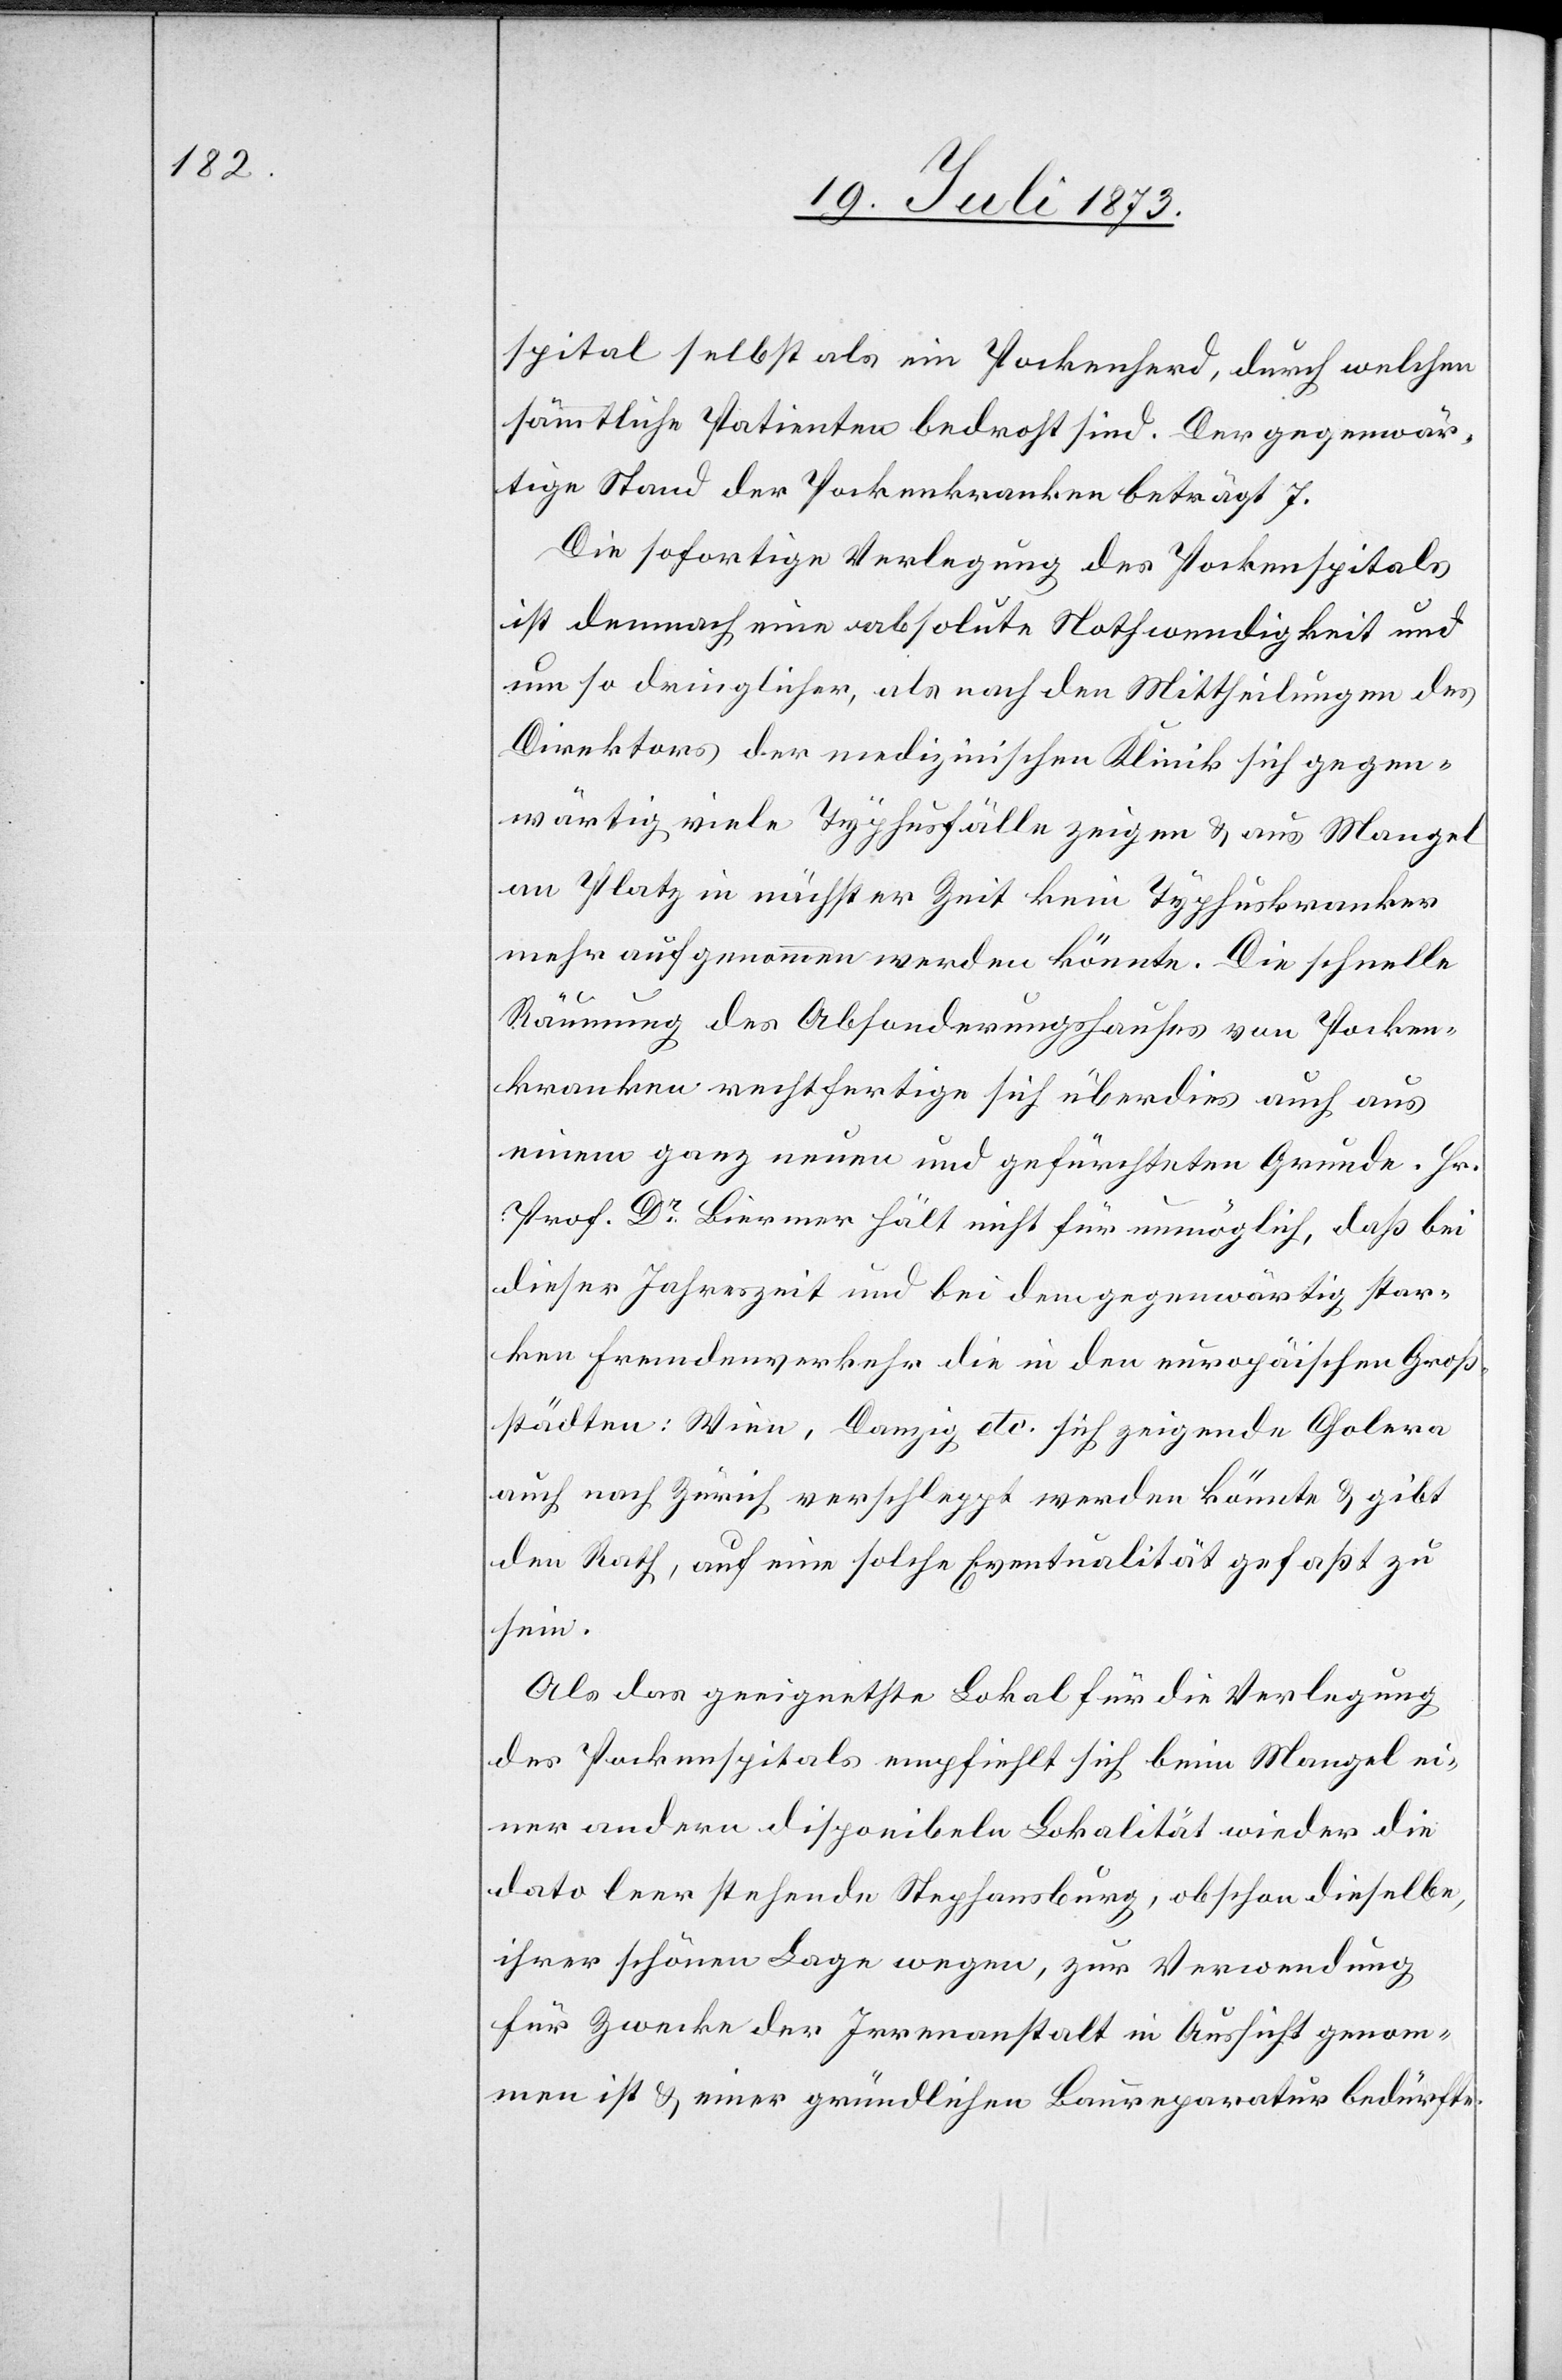
spital selbst als ein Pockenherd, durch welchen
sämmtliche Patienten bedroht sind. Der gegenwär¬
tige Stand der Pockenkranken beträgt 7.
Die sofortige Verlegung des Pockenspitals
ist demnach eine absolute Nothwendigkeit und
um so dringlicher, als nach den Mittheilungen des
Direktors der medizinischen Klinik sich gegen¬
wärtig viele Typhusfälle zeigen & aus Mangel
an Platz in nächster Zeit kein Typhuskranker
mehr aufgenommen werden könnte. Die schnelle
Räumung des Absonderungshauses von Pocken¬
kranken rechtfertige sich überdies auch aus
einem ganz neuen und gefürchteten Grunde. Hr.
Prof. Dr Biermer hält nicht für unmöglich, daß bei
dieser Jahreszeit und bei dem gegenwärtig star¬
ken Fremdenverkehr die in den europäischen Groß¬
städten: Wien, Danzig etc. sich zeigende Cholera
auch nach Zürich verschleppt werden könnte & gibt
den Rath, auf eine solche Eventualität gefaßt zu
sein.
Als das geeignetste Lokal für die Verlegung
des Pockenspitals empfiehlt sich beim Mangel ei¬
ner andern disponibeln Lokalität wieder die
dato leer stehende Stephansburg, obschon dieselbe,
ihrer schönen Lage wegen, zur Verwendung
für Zwecke der Irrenanstalt in Aussicht genom¬
men ist & einer gründlichen Baureparatur bedürfte.